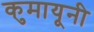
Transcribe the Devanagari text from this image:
कुमायूनी